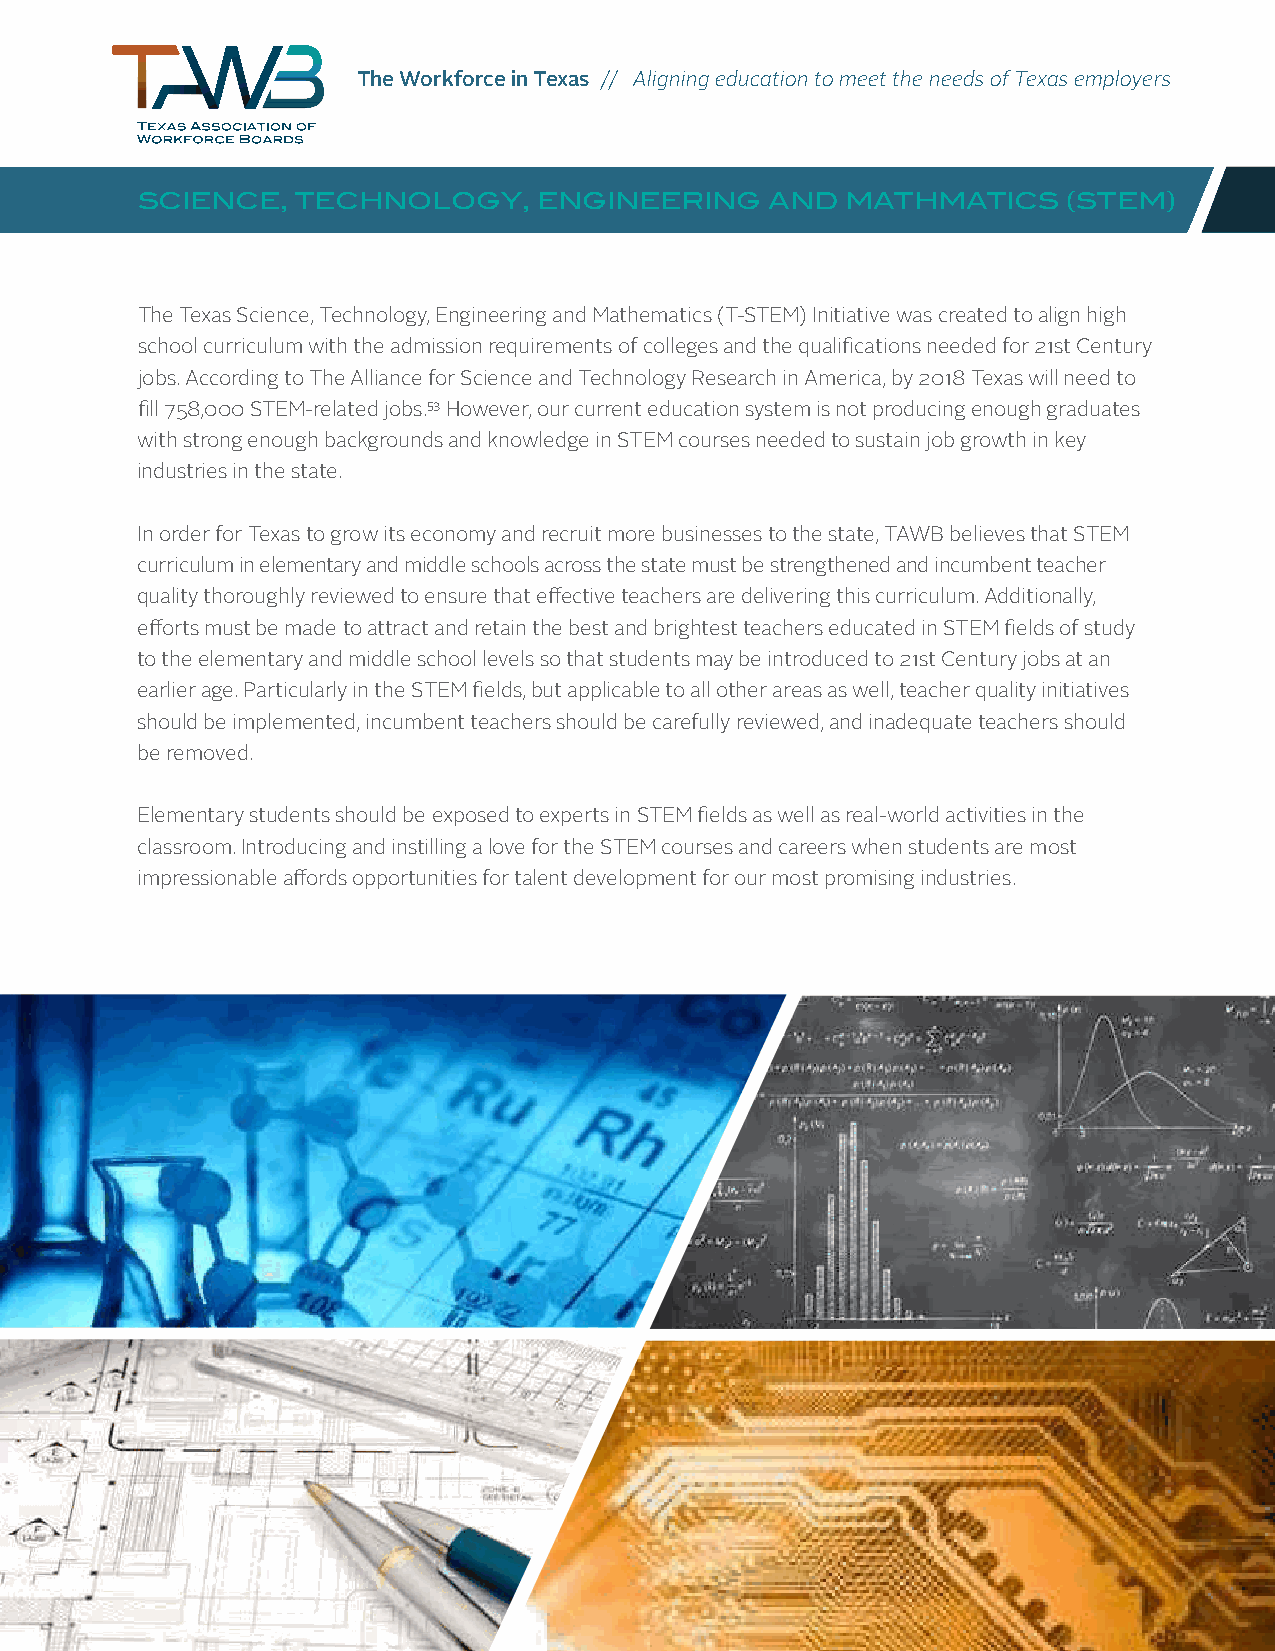
The Workforce in Texas // Aligning education to meet the needs of Texas employers
 SCIENCE,   TECHNOLOGY,     ENGINEERING    AND  MATHMATICS     (STEM)
 The Texas Science, Technology, Engineering and Mathematics (T-STEM) Initiative was created to align high
 school curriculum with the admission requirements of colleges and the qualifications needed for 21st Century
 jobs. According to The Alliance for Science and Technology Research in America, by 2018 Texas will need to
 fill 758,000 STEM-related jobs.53 However, our current education system is not producing enough graduates
 with strong enough backgrounds and knowledge in STEM courses needed to sustain job growth in key
 industries in the state.
 In order for Texas to grow its economy and recruit more businesses to the state, TAWB believes that STEM
 curriculum in elementary and middle schools across the state must be strengthened and incumbent teacher
 quality thoroughly reviewed to ensure that effective teachers are delivering this curriculum. Additionally,
 efforts must be made to attract and retain the best and brightest teachers educated in STEM fields of study
 to the elementary and middle school levels so that students may be introduced to 21st Century jobs at an
 earlier age. Particularly in the STEM fields, but applicable to all other areas as well, teacher quality initiatives
 should be implemented, incumbent teachers should be carefully reviewed, and inadequate teachers should
 be removed.
 Elementary students should be exposed to experts in STEM fields as well as real-world activities in the
 classroom. Introducing and instilling a love for the STEM courses and careers when students are most
 impressionable affords opportunities for talent development for our most promising industries.